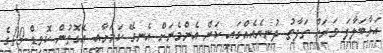
އަޅާބަލާފަ ވަރަށް ތަފާތު ދުނިޔެއެއްގައި ކަން އެންމެނަށް އެނގޭ ކަމަށާއި އެގޮތުން ކޮވިޑް-19ގެ